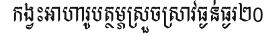
កង្វះអាហារូបត្ថម្ភស្រួចស្រាវធ្ងន់ធ្ងរ២0